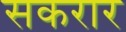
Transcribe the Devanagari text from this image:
सकरार